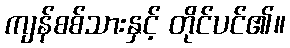
ကျန်စစ်သားနှင့် တိုင်ပင်၏။